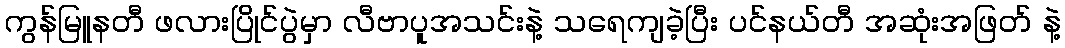
ကွန်မြူနတီ ဖလားပြိုင်ပွဲမှာ လီဗာပူအသင်းနဲ့ သရေကျခဲ့ပြီး ပင်နယ်တီ အဆုံးအဖြတ် နဲ့